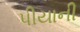
પીયાની